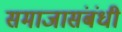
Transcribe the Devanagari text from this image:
समाजासंबंधी